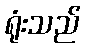
ရုံးသည်